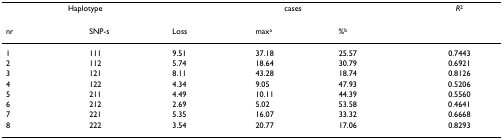
| <COLSPAN=2> Haplotype | <COLSPAN=3> cases | R2 |
 | nr | SNP-s | Loss | maxa | %b |  |
 | --- | --- | --- | --- | --- | --- |
 | 1 | 111 | 9.51 | 37.18 | 25.57 | 0.7443 |
 | 2 | 112 | 5.74 | 18.64 | 30.79 | 0.6921 |
 | 3 | 121 | 8.11 | 43.28 | 18.74 | 0.8126 |
 | 4 | 122 | 4.34 | 9.05 | 47.93 | 0.5206 |
 | 5 | 211 | 4.49 | 10.11 | 44.39 | 0.5560 |
 | 6 | 212 | 2.69 | 5.02 | 53.58 | 0.4641 |
 | 7 | 221 | 5.35 | 16.07 | 33.32 | 0.6668 |
 | 8 | 222 | 3.54 | 20.77 | 17.06 | 0.8293 |